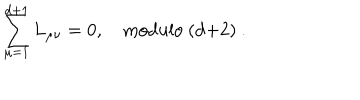
LaTeX: \sum _ { \mu = 1 } ^ { d + 1 } L _ { \mu \nu } = 0 , \quad \mathrm { m o d u l o ~ ( d + 2 ) ~ } .